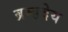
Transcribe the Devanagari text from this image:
ब्रम्हदेय